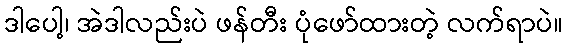
ဒါပေါ့၊ အဲဒါလည်းပဲ ဖန်တီး ပုံဖော်ထားတဲ့ လက်ရာပဲ။